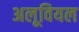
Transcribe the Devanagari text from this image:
अलूवियल